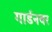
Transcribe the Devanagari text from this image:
गार्डनवर